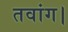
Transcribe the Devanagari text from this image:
तवांग।